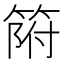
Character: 𱸌